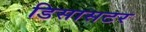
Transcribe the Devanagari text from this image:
डिसासटर